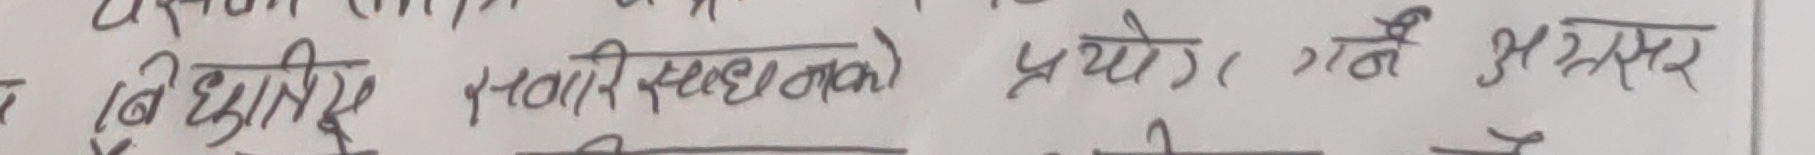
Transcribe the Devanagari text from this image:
बिधुय सांसारिक साधनाको प्रयोग (गरे अवसर